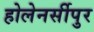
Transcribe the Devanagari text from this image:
होलेनर्सीपुर